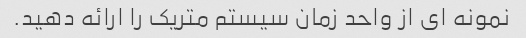
نمونه ای از واحد زمان سیستم متریک را ارائه دهید.